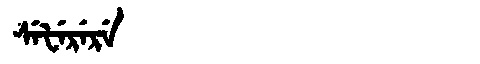
Manchu: ᠰᡝᡶᡝᡵᡝᡵᡝ
Romanization: SEFERERE